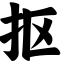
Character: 抠